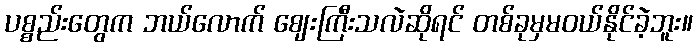
ပစ္စည်းတွေက ဘယ်လောက် ဈေးကြီးသလဲဆိုရင် တစ်ခုမှမဝယ်နိုင်ခဲ့ဘူး။